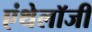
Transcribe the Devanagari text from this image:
एंथेलॉजी